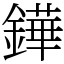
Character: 鏵